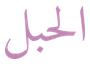
الحبل